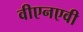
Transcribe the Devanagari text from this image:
वीएनएवी